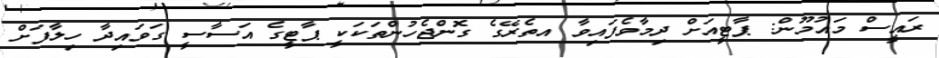
ރައީސް މައުމޫން: ޕާޓީއަށް ދިމާވެފައިވާ އތެރޭގެ ގޮންޖެހުންތަކަކީ ޕާޓީގެ އަސާސީ ގަވައިދާ ހިލާފަށް